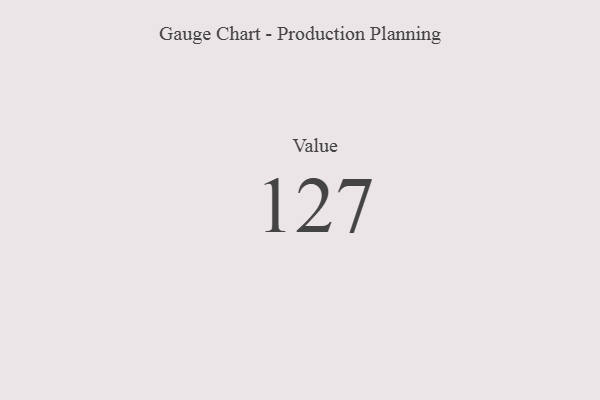
{"axis": {"x": "Metric", "y": "Value"}, "legend": [""], "data": [{"x": "Value", "y": 127, "type": ""}]}